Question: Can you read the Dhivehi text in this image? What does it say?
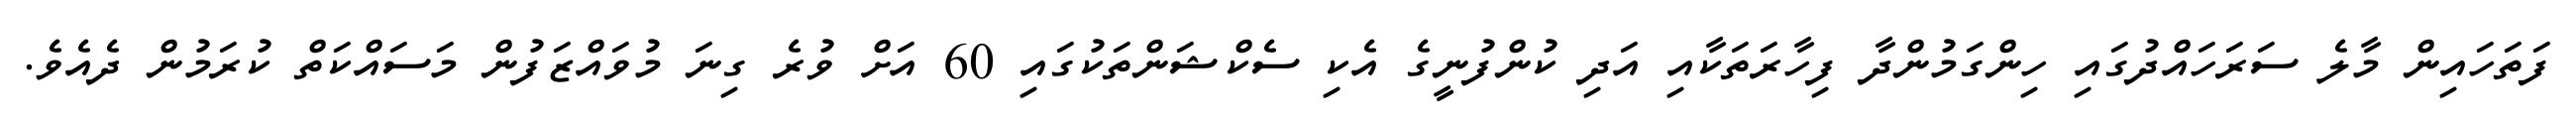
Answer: ފަތަހައިން މާލެ ސަރަހައްދުގައި ހިންގަމުންދާ ފިހާރަތަކާއި އަދި ކުންފުނީގެ އެކި ސެކްޝަންތަކުގައި 60 އަށް ވުރެ ގިނަ މުވައްޒަފުން މަސައްކަތް ކުރަމުން ދެއެވެ.